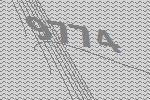
9774